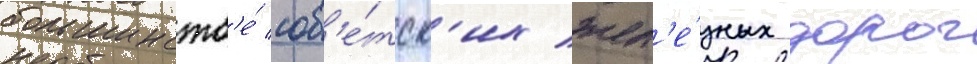
большинств'е́ сов'е́тск'их жел'е́зных дорог